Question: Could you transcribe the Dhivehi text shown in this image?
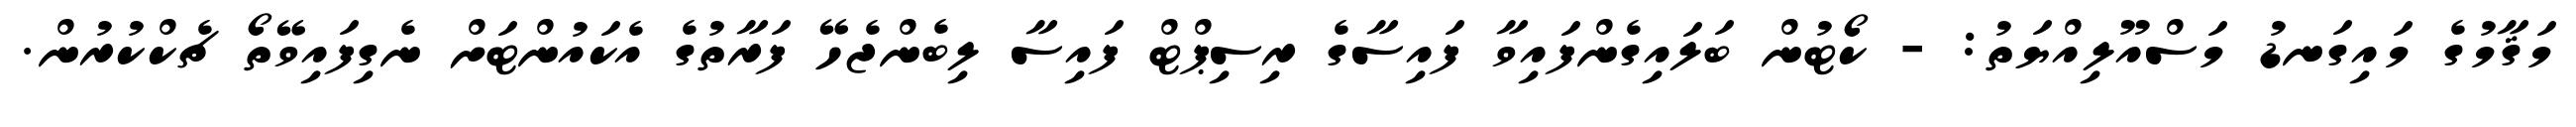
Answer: މަޤާމުގެ މައިގަނޑު މަސްއޫލިއްޔަތު: - ކޯޓުން ބަލައިގެންފައިވާ ފައިސާގެ ރިސިޕްޓް ފައިސާ ލިބެންޖެހޭ ފަރާތުގެ އެކައުންޓަށް ނެގިފައިވޭތޯ ޗެކްކުރުން.